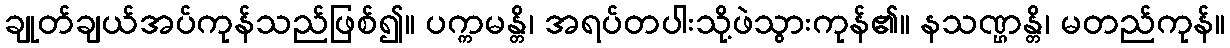
ချုတ်ချယ်အပ်ကုန်သည်ဖြစ်၍။ ပက္ကမန္တိ၊ အရပ်တပါးသို့ဖဲသွားကုန်၏။ နသဏ္ဌန္တိ၊ မတည်ကုန်။